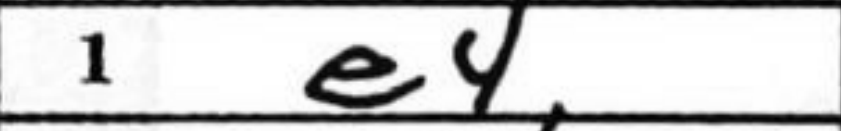
Transcription: e4